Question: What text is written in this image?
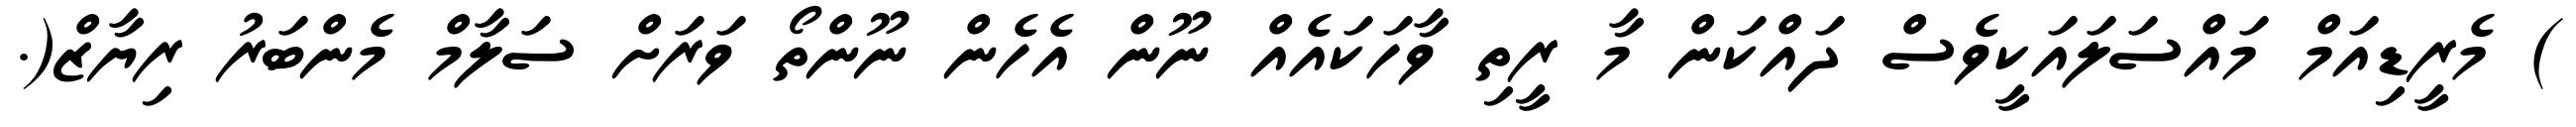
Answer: ) މެރީޑިއަމް މައްސަލައަކީވެސް ދައްކަން މާ ރީތި ވާހަކައެއް ނޫން އެހެން ނޫންތޯ ވަރަށް ސަލާމް މެންބަރު ރިޔާޒް(.